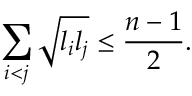
\sum _ { i < j } \sqrt { l _ { i } l _ { j } } \leq \frac { n - 1 } { 2 } .